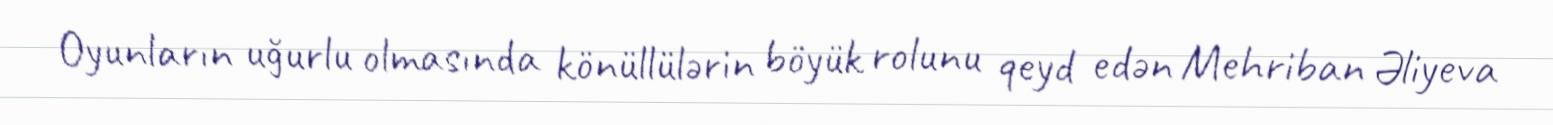
Oyunların uğurlu olmasında könüllülərin böyük rolunu qeyd edən Mehriban Əliyeva